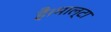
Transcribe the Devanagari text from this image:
है।माल्टा